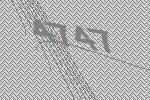
4747